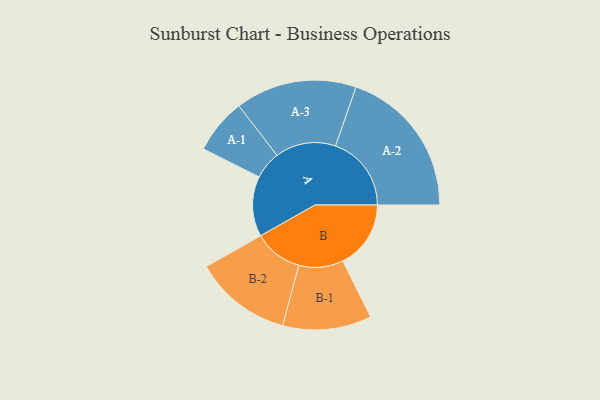
{"axis": {"x": "Segment", "y": "Value"}, "legend": ["", "A", "B"], "data": [{"x": "A", "y": 237, "type": ""}, {"x": "B", "y": 268, "type": ""}, {"x": "A-1", "y": 109, "type": "A"}, {"x": "A-2", "y": 299, "type": "A"}, {"x": "A-3", "y": 239, "type": "A"}, {"x": "B-1", "y": 175, "type": "B"}, {"x": "B-2", "y": 192, "type": "B"}]}